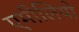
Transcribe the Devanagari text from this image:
एमीलियो